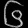
Digit: ၆